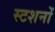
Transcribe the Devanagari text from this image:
स्टशनों